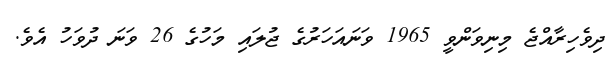
ދިވެހިރާއްޖެ މިނިވަންވީ 1965 ވަނައަހަރުގެ ޖުލައި މަހުގެ 26 ވަނަ ދުވަހު އެވެ.